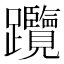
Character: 𨈇